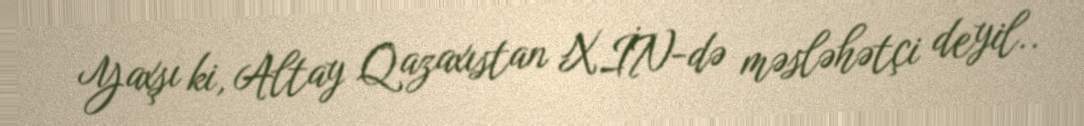
Yaxşı ki, Altay Qazaxıstan XİN-də məsləhətçi deyil..